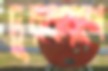
দূরকরণে